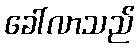
ခေါ်လာသည်